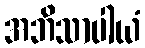
အဘိသာပါယံ